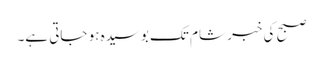
صبح کی خبر شام تک بوسیدہ ہو جاتی ہے۔